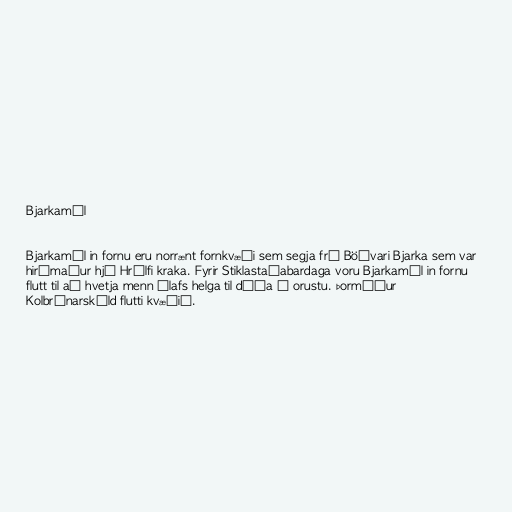
Bjarkamál

Bjarkamál in fornu eru norrænt fornkvæði sem segja frá Böðvari Bjarka sem var
hirðmaður hjá Hrólfi kraka. Fyrir Stiklastaðabardaga voru Bjarkamál in fornu
flutt til að hvetja menn Ólafs helga til dáða í orustu. Þormóður
Kolbrúnarskáld flutti kvæðið.